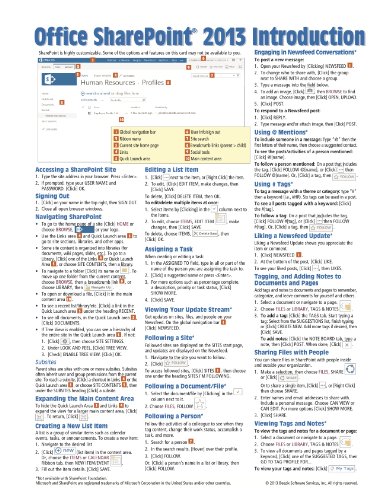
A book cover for Microsoft SharePoint 2013 Quick Reference Guide: Introduction (Cheat Sheet of Instructions & Tips for On-Premises Environments - Laminated Card); Beezix Inc.; Computers & Technology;